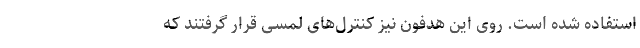
استفاده شده است. روی این هدفون نیز کنترل‌های لمسی قرار گرفتند که